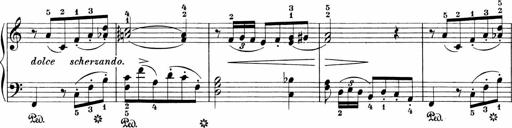
Title: 3 Sonatinas
Composer: Carl Reinecke